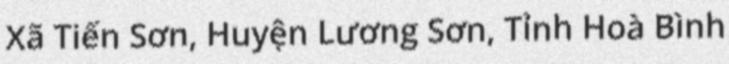
Xã Tiến Sơn, Huyện Lương Sơn, Tỉnh Hoà Bình